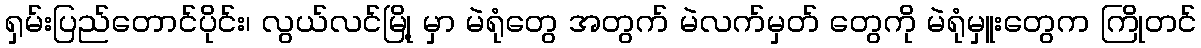
ရှမ်းပြည်တောင်ပိုင်း၊ လွယ်လင်မြို့ မှာ မဲရုံတွေ အတွက် မဲလက်မှတ် တွေကို မဲရုံမှူးတွေက ကြိုတင်